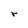
Character: r